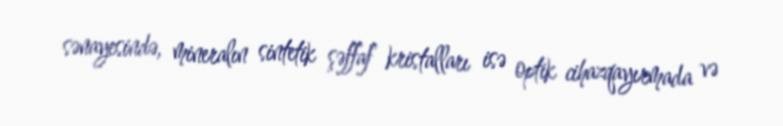
sənayesində, mineralın sintetik şəffaf kristalları isə optik cihazqayırmada və